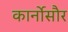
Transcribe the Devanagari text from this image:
कार्नोसौर